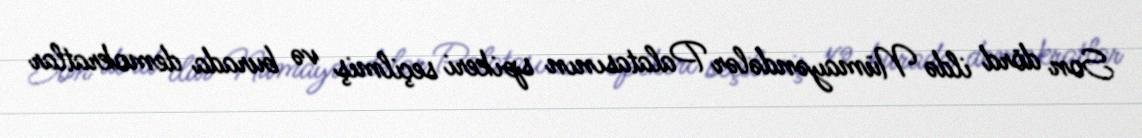
Son dörd ildə Nümayəndələr Palatasının spikeri seçilmiş və burada demokratlar